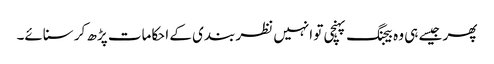
پھر جیسے ہی وہ بیجنگ پہنچی تو انہیں نظر بندی کے احکامات پڑھ کر سنائے۔